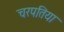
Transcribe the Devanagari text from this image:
चरपतिया